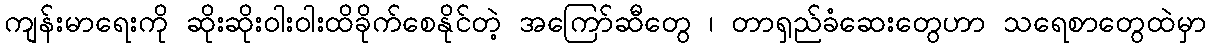
ကျန်းမာရေးကို ဆိုးဆိုးဝါးဝါးထိခိုက်စေနိုင်တဲ့ အကြော်ဆီတွေ ၊ တာရှည်ခံဆေးတွေဟာ သရေစာတွေထဲမှာ